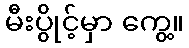
မီးပွိုင့်မှာ ကွေ့။